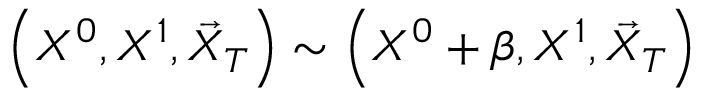
\left( X ^ { 0 } , X ^ { 1 } , \vec { X } _ { T } \right) \sim \left( X ^ { 0 } + \beta , X ^ { 1 } , \vec { X } _ { T } \right)